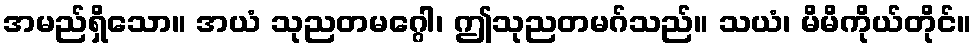
အမည်ရှိသော။ အယံ သုညတမဂ္ဂေါ၊ ဤသုညတမဂ်သည်။ သယံ၊ မိမိကိုယ်တိုင်။